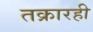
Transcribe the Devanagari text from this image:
तक्रारही